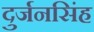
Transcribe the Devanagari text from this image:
दुर्जनसिंह